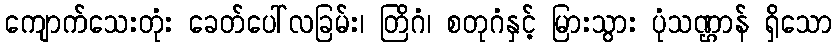
ကျောက်သေးတုံး ခေတ်ပေါ်လခြမ်း၊ တြိဂံ၊ စတုဂံနှင့် မြားသွား ပုံသဏ္ဌာန် ရှိသော